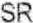
SR